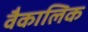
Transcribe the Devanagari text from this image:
वैकालिक